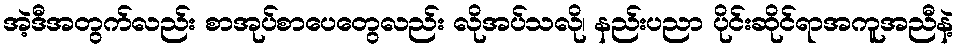
အဲ့ဒီအတွက်လည်း စာအုပ်စာပေတွေလည်း လိုအပ်သလို၊ နည်းပညာ ပိုင်းဆိုင်ရာအကူအညီနဲ့